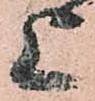
上